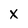
Character: X